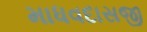
માધવદાસજી